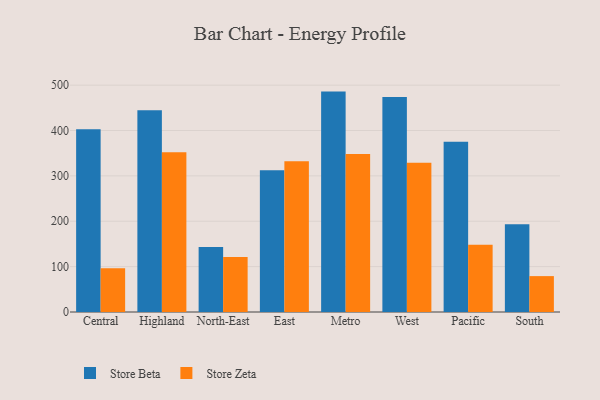
{"axis": {"x": "Region", "y": "Satisfaction Score"}, "legend": ["Store Beta", "Store Zeta"], "data": [{"x": "Central", "y": 402.8, "type": "Store Beta"}, {"x": "Central", "y": 96.5, "type": "Store Zeta"}, {"x": "Highland", "y": 444.7, "type": "Store Beta"}, {"x": "Highland", "y": 352.0, "type": "Store Zeta"}, {"x": "North-East", "y": 143.2, "type": "Store Beta"}, {"x": "North-East", "y": 121.2, "type": "Store Zeta"}, {"x": "East", "y": 312.2, "type": "Store Beta"}, {"x": "East", "y": 332.3, "type": "Store Zeta"}, {"x": "Metro", "y": 485.8, "type": "Store Beta"}, {"x": "Metro", "y": 348.2, "type": "Store Zeta"}, {"x": "West", "y": 474.0, "type": "Store Beta"}, {"x": "West", "y": 328.9, "type": "Store Zeta"}, {"x": "Pacific", "y": 375.0, "type": "Store Beta"}, {"x": "Pacific", "y": 148.3, "type": "Store Zeta"}, {"x": "South", "y": 193.2, "type": "Store Beta"}, {"x": "South", "y": 79.1, "type": "Store Zeta"}]}